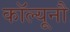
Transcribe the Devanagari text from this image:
कॉल्यूनौ